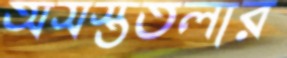
অসস্ততলার